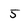
Character: 5